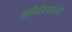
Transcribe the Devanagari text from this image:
अमेरिकाचा